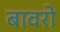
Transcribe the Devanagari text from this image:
बावरो